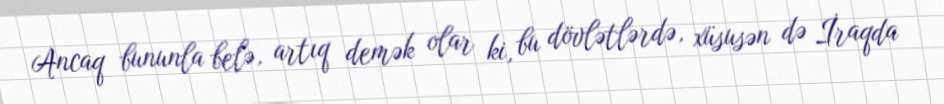
Ancaq bununla belə, artıq demək olar ki, bu dövlətlərdə, xüsusən də İraqda